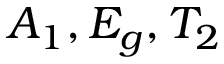
A _ { 1 } , E _ { g } , T _ { 2 }